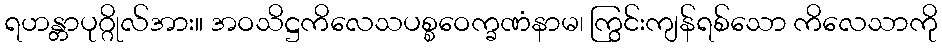
ရဟန္တာပုဂ္ဂိုလ်အား။ အဝသိဋ္ဌကိလေသပစ္စဝေက္ခဏံနာမ၊ ကြွင်းကျန်ရစ်သော ကိလေသာကို